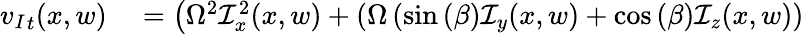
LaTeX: \begin{array}{rl}{{v_{I}}_{t}(x,w)}&{{}=\left(\Omega^{2}\mathcal{I}_{x}^{2}(x,w)+\left(\Omega\left(\sin{(\beta)}\mathcal{I}_{y}(x,w)+\cos{(\beta)}\mathcal{I}_{z}(x,w)\right)\right.\right.}\end{array}